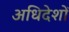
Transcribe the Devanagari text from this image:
अधिदेशों